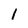
Character: 1